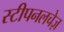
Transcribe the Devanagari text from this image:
स्टीपनलचेज़